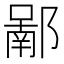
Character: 𨝿